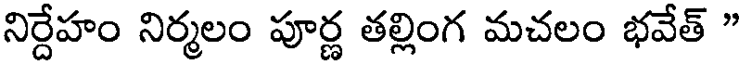
నిర్దేహం నిర్మలం పూర్ణ తల్లింగ మచలం భవేత్ "